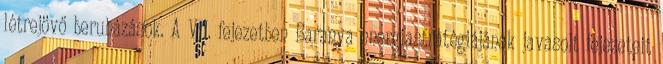
létrejövő beruházások. A VII. fejezetben Baranya energiastratégiájának javasolt fejezeteit